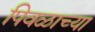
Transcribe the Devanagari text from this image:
पिवळाच्या